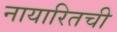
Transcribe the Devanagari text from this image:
नायारितची